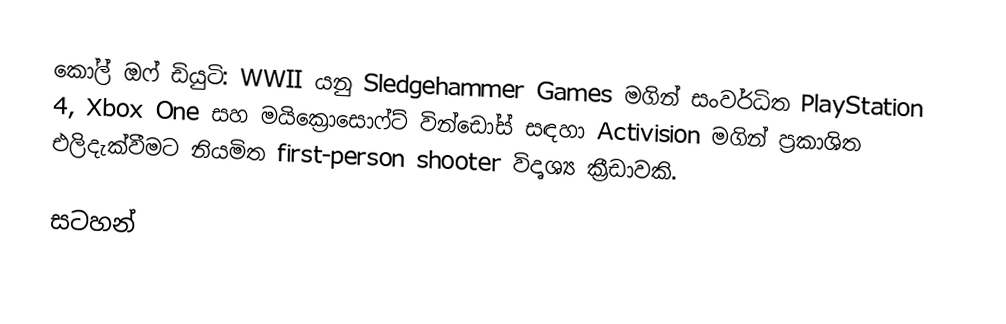
කෝල් ඔෆ් ඩියුටි: WWII යනු Sledgehammer Games මගින් සංවර්ධිත PlayStation 4, Xbox One සහ මයික්‍රොසොෆ්ට් වින්ඩෝස් සඳහා Activision මගින් ප්‍රකාශිත එලිදැක්වීමට නියමිත first-person shooter විදෘශ්‍ය ක්‍රීඩාවකි.

සටහන්